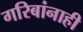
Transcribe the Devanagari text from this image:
गरिबांनाही